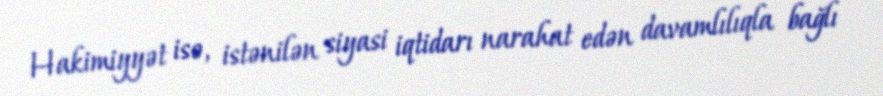
Hakimiyyət isə, istənilən siyasi iqtidarı narahat edən davamlılıqla bağlı